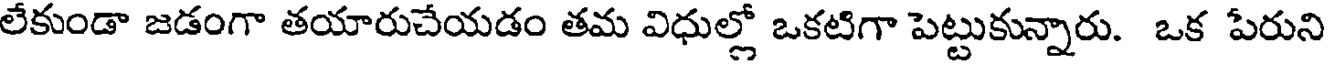
లేకుండా జడంగా తయారుచేయడం తమ విధుల్లో ఒకటిగా పెట్టుకున్నారు. ఒక పేరుని